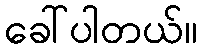
ခေါ်ပါတယ်။